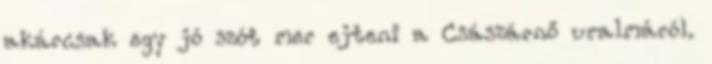
akárcsak egy jó szót mer ejteni a Császárnő uralmáról.